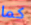
كما